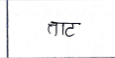
मजकूर: ताट